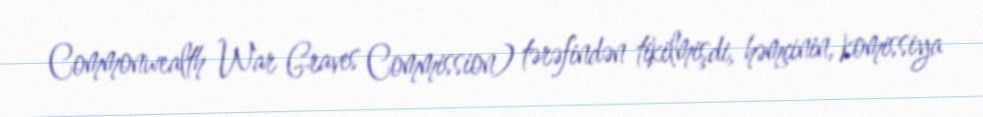
Commonwealth War Graves Commission) tərəfindən tikilmişdi, həmçinin, komissiya